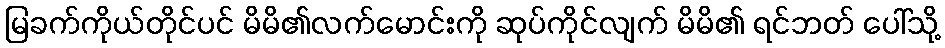
မြခက်ကိုယ်တိုင်ပင် မိမိ၏လက်မောင်းကို ဆုပ်ကိုင်လျက် မိမိ၏ ရင်ဘတ် ပေါ်သို့